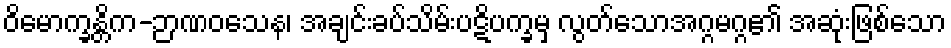
ဝိမောက္ခန္တိက-ဉာဏဝသေန၊ အချင်းခပ်သိမ်းပဋိပက္ခမှ လွတ်သောအဂ္ဂမဂ္ဂ၏ အဆုံးဖြစ်သော